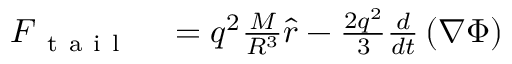
\begin{array} { r l } { \boldsymbol { F } _ { \mathrm { ~ t ~ a ~ i ~ l ~ } } } & { { } = q ^ { 2 } \frac { M } { R ^ { 3 } } \boldsymbol { \hat { r } } - \frac { 2 q ^ { 2 } } { 3 } \frac { d } { d t } \left( \boldsymbol { \nabla } \Phi \right) } \end{array}